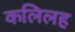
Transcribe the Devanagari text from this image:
कलिलह